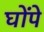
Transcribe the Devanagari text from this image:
घोंपे